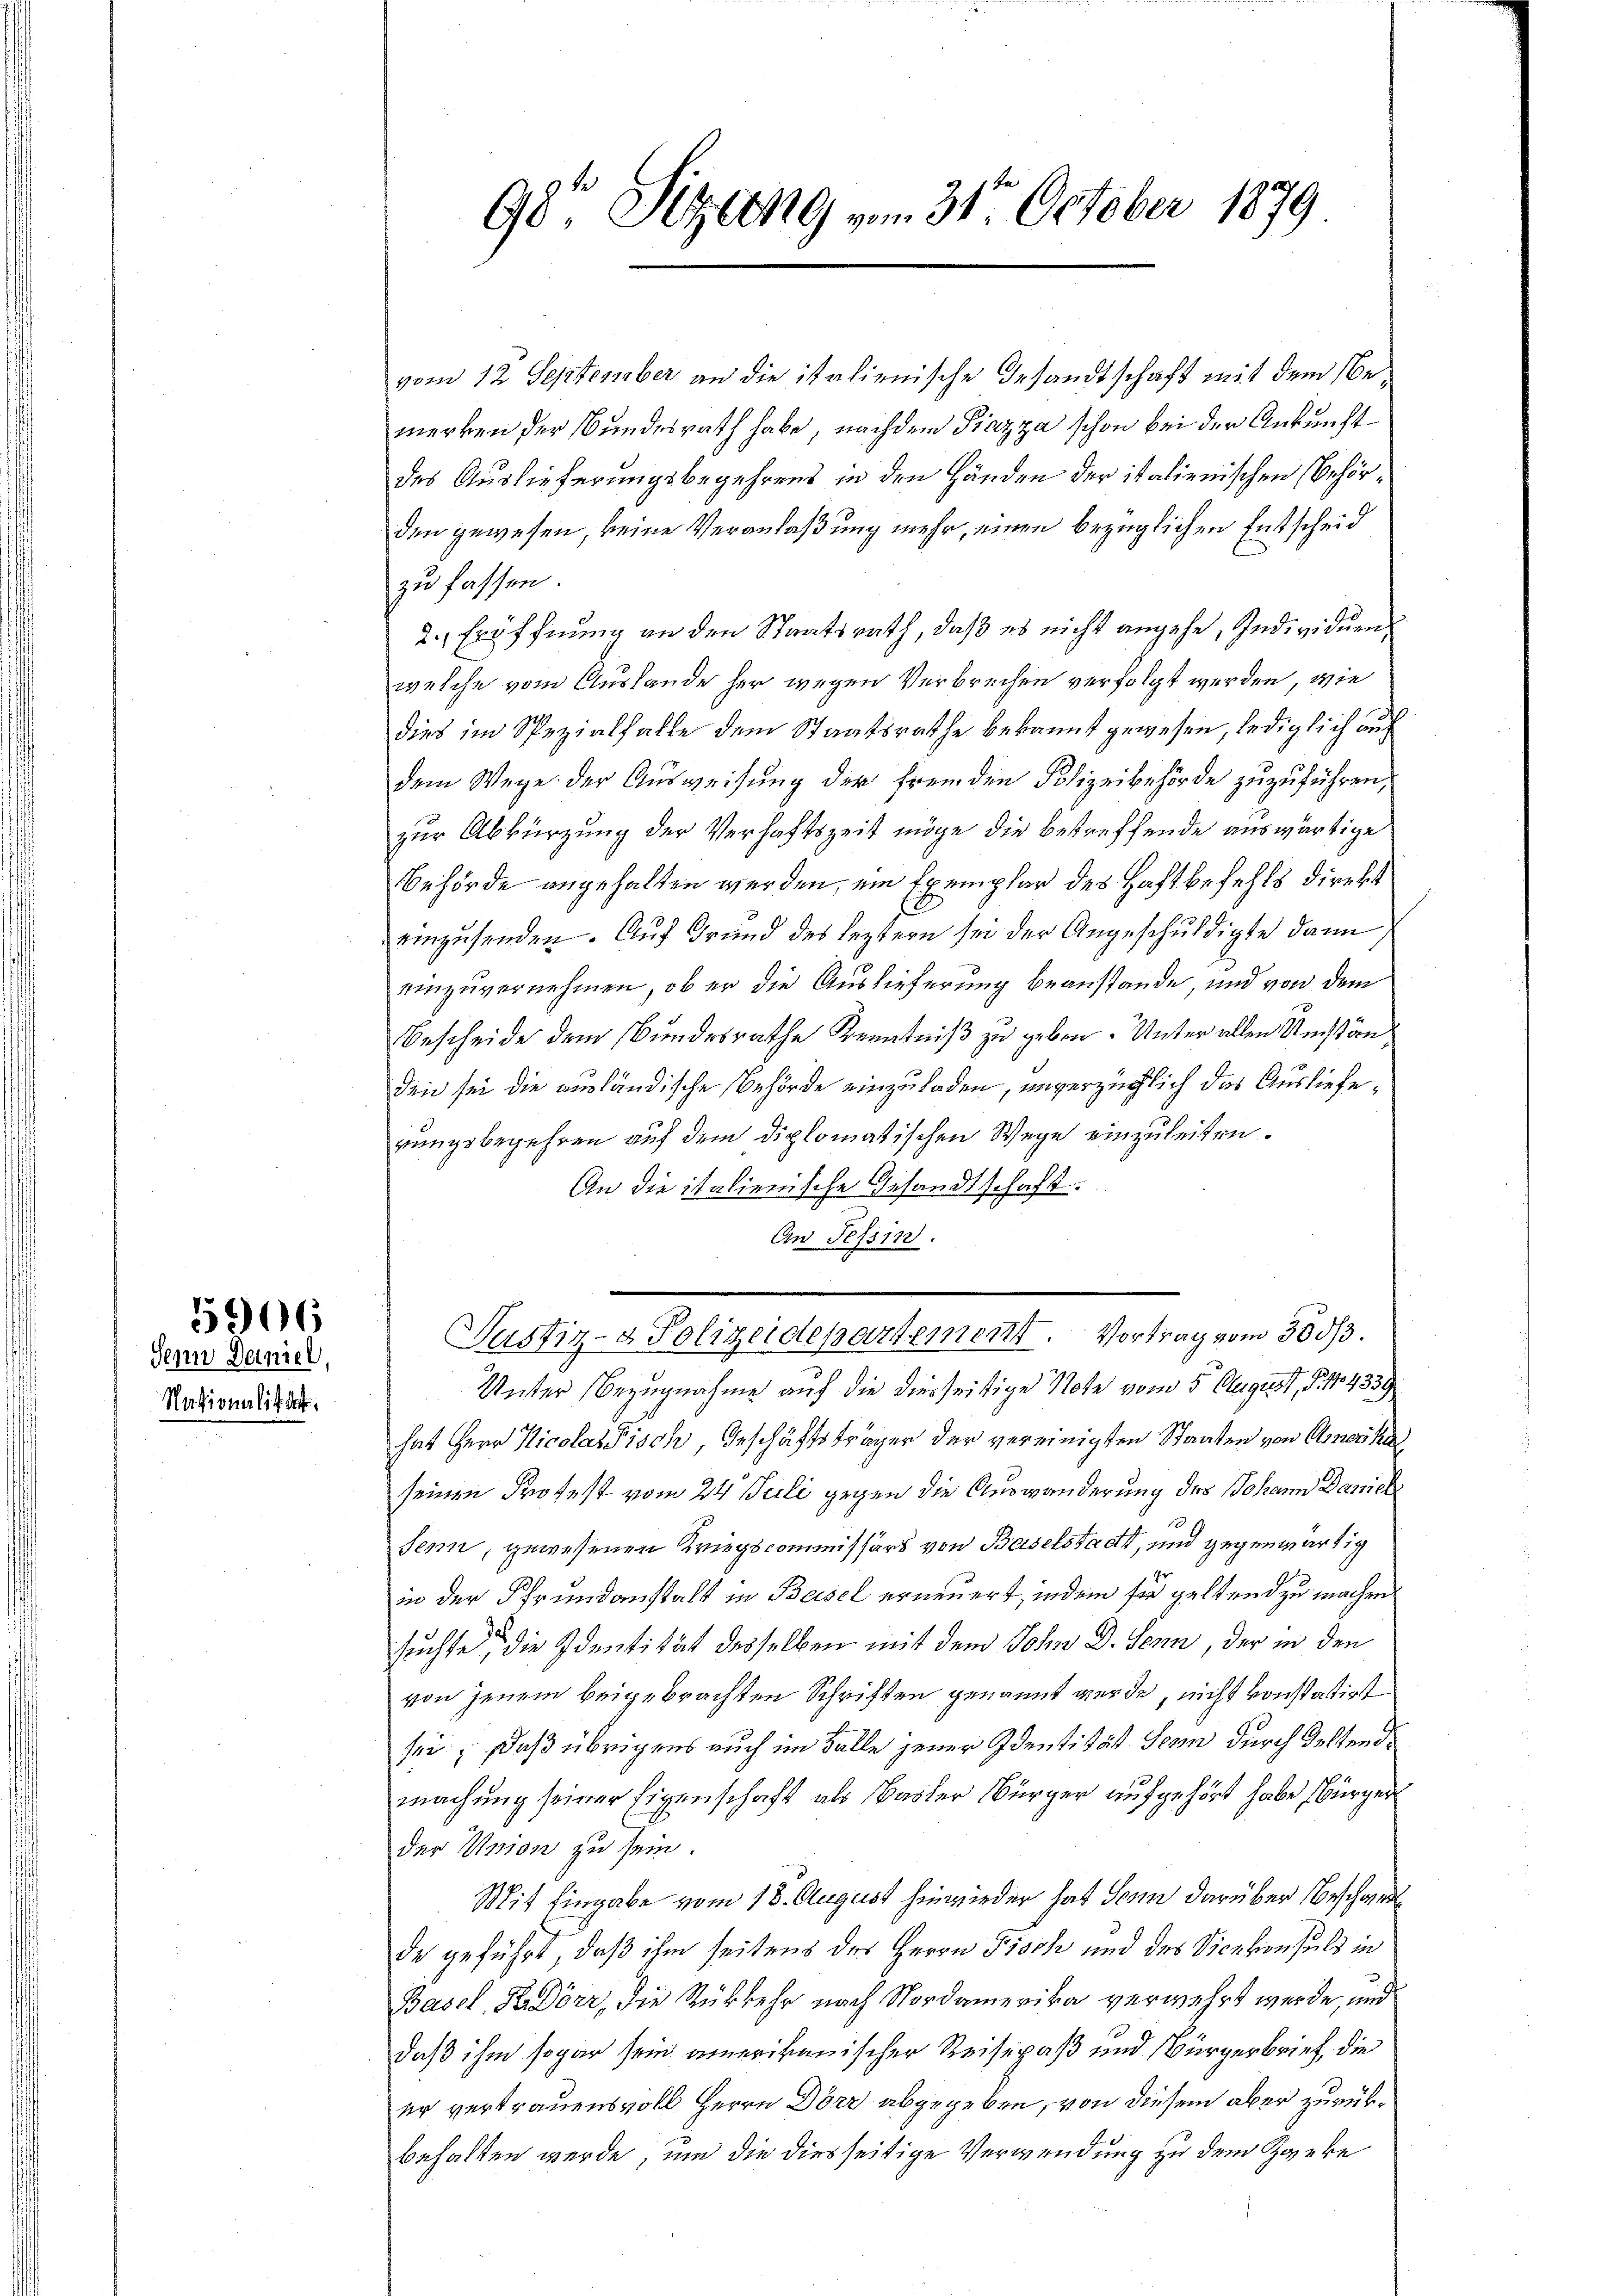
Senn Daniel
Nationalik der

5906

98te Sitzung vom 31. October 1879

vom 12 September an die italienische Gesandtschaft mit dem Bemerken der Bundesrath habe, nachdem Piazza schon bei der Ankunft
des Auslieferungsbegehrens in den Händen der italienischen Behörden gewesen, keine Veranlaßung mehr, einen bezüglichen Entscheid
zu fassen.
2., Eröffnung an den Staatsrath, daß es nicht angehe, Individuen,
welche vom Auslande her wegen Verbrechen verfolgt werden, wie
dies im Spezialfalle dem Staatsrathe bekannt gewesen, lediglich auch
dem Wege der Ausweisung der fremden Polizeibehörde zuzuführen,
zur Abkürzung der Verhaftszeit möge die betreffende auswärtige
Behörde angehalten werden, ein Exemplar des Haftbefehls direkt
einzusenden. Auf Grund des Leztern sei der Angeschuldigte dann
einzuvernehmen, ob er die Auslieferung beanstande, und von dem
Bescheide dem Bundesrathe Kenntniß zu geben. Unter allen Umständdin sei die ausländische Behörde einzuladen, unverzüglich das Auslieferungsbegehren auf dem diplomatischen Wege einzuleiten.
An die italienische Gesandtschaft.
An Tessin.
Justiz- & Polizeidepartement. Vortrag vom 300/3.
Unter Bezugnahme auf die diesseitige Note vom 5. August, § 114339
hat Herr Nicolas Fisch, Geschäftsträger der vereinigten Staaten von Amerika
seinen Profest vom 24. Juli gegen die Auswanderung des Johann Danick
10
Senn, gewesenen Kriegscommissärs von Baselstadt, und gegenwärtig
Er
in der Pfrundanstalt in Basel erneuert, indem für geltend zu machen
suchte, die Identität desselben mit dem John D. Senn, der in den
von jenem beigebrachten Schriften genannt werde, nicht vonstättigt
sei; daß übrigens auch im Falle jener Identität Senn durch Geltende
machung seiner Eigenschaft als Basler Bürger aufgehört habe, Bürger
der Union zu sein.
Mit Eingabe vom 18. August hinwieder hat Senn darüber Beschwed
de geführt, daß ihm seitens des Herrn Fisch und des Vicekonsuls in
Basel, KeDörr, die Rükkehr nach Nordamerika verwehrt werde, und
daß ihm sogar sein amerikanischer Reisepaß und Bürgerbrief, die
er vertrauensvoll Herrn Dörr abgegeben, von diesem aber zurükbehalten werde, um die diesseitige Verwendung zu dem Zänke